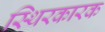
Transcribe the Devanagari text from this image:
स्थिरकारक